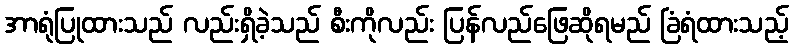
အာရုံပြုထားသည် လည်းရှိခဲ့သည် စီးကိုလည်း ပြန်လည်ဖြေဆိုရမည် ခြံရံထားသည့်